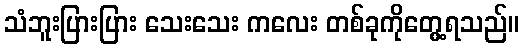
သံဘူးပြားပြား သေးသေး ကလေး တစ်ခုကိုတွေ့ရသည်။